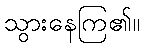
သွားနေကြ၏။